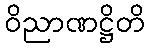
ဝိညာဏဋ္ဌိတိ